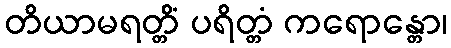
တိယာမရတ္တိံ ပရိတ္တံ ကရောန္တော၊